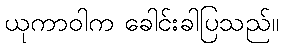
ယုကာဝါက ခေါင်းခါပြသည်။